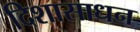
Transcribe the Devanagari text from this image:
दिशासाधन